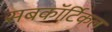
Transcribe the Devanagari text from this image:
सबकॉर्टिकल